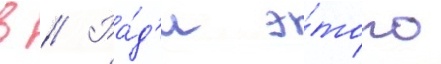
в // Ра́д'и э́того